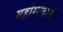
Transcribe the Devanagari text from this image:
महोम्मेदाली